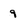
Character: 9